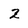
Character: 2